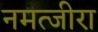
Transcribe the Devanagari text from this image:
नमत्जीरा